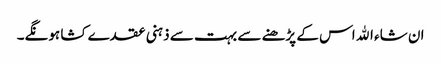
ان شاء اﷲ اس کے پڑھنے سے بہت سے ذہنی عقدے کشا ہونگے۔